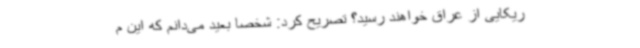
ریکایی از عراق خواهند رسید؟ تصریح کرد: شخصا بعید می‌دانم که این م